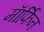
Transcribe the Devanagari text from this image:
माॅर्फिन